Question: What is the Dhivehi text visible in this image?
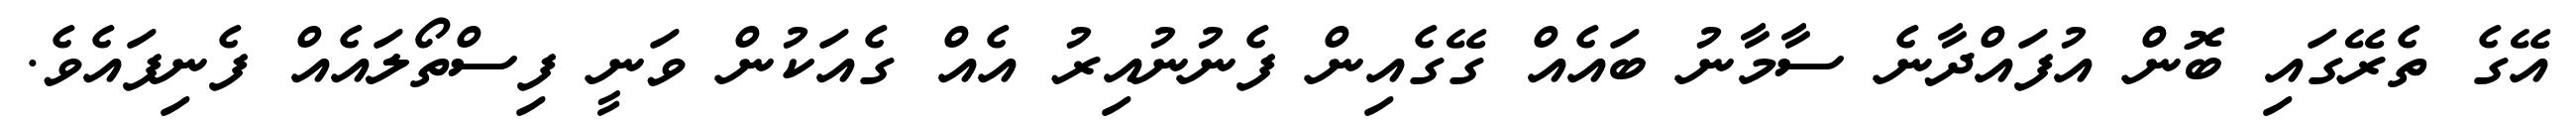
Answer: އޭގެ ތެރޭގައި ބޮން އުފައްދާނެ ސާމާނު ބައެއް ގޭގެއިން ފެނުނުއިރު އެއް ގެއަކުން ވަނީ ފިސްތޯލައެއް ފެނިފައެވެ.